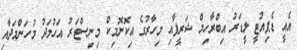
އެއީ ޑެޕިއުޓީ ލީޑަރު އިބްރާހިމް ޝަރީފާއި މިހާރުގެ އިކޮނޮމިކް މިނިސްޓަރު އަހުމަދު މުހަންމަދާއި